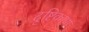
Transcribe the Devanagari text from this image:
दृष्टिकाण